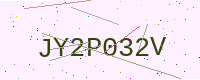
Text: JY2P032V